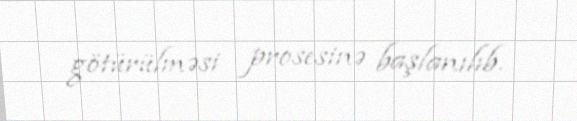
götürülməsi prosesinə başlanılıb.